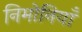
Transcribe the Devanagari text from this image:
निमोनियाँ